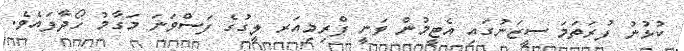
ކުޅުނު ފުރަތަމަ ސީޒަނުގައި އެޓީމުން ވަނީ ޕްރިމިއަރ ލީގުގެ ފަސްވަނަ މަގާމު ހޯދާފައެވެ.